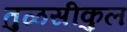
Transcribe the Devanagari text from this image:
तुळसीकुल